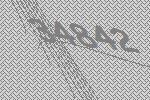
34842